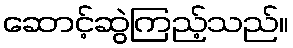
ဆောင့်ဆွဲကြည့်သည်။